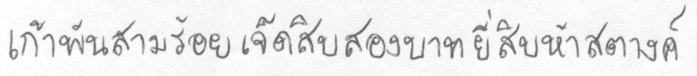
เก้าพันสามร้อยเจ็ดสิบสองบาทยี่สิบห้าสตางค์